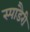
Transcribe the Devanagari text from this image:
स्पाडैरी